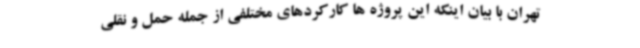
تهران با بیان اینکه این پروژه ها کارکردهای مختلفی از جمله حمل و نقلی